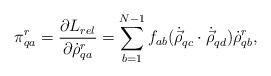
LaTeX: \begin{align*}\pi^r_{qa}={{\partial L_{rel}}\over {\partial {\dot \rho}^r_{qa}}}=\sum_{b=1}^{N-1} f_{ab}({\dot {\vec \rho}}_{qc}\cdot {\dot {\vec\rho}}_{qd}) {\dot \rho}^r_{qb},\end{align*}